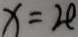
x = 2 e